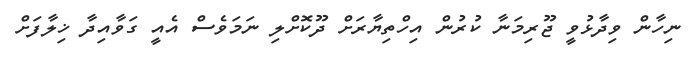
ނިހާން ވިދާޅުވީ ޖޫރިމަނާ ކުރުން އިހްތިޔާރަށް ދޫކޮށްލި ނަމަވެސް އެއީ ގަވާއިދާ ޚިލާފަށް